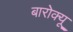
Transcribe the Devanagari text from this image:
बारोक्यू